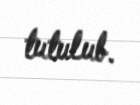
tutulub.